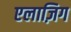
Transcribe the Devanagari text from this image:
एलाज़िग